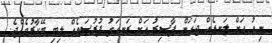
ނިއު އަށް ލަނޑެއް ޖަހަން ފާސިރު އަށް ރަނގަޅު ފުރުސަތެއް ލިބި ބޭކާރުވެއްޖެ.